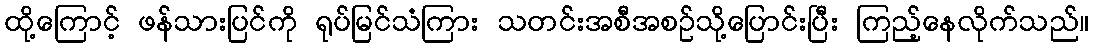
ထို့ကြောင့် ဖန်သားပြင်ကို ရုပ်မြင်သံကြား သတင်းအစီအစဉ်သို့ပြောင်းပြီး ကြည့်နေလိုက်သည်။